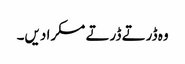
وہ ڈرتے ڈرتے مسکرا دیں۔